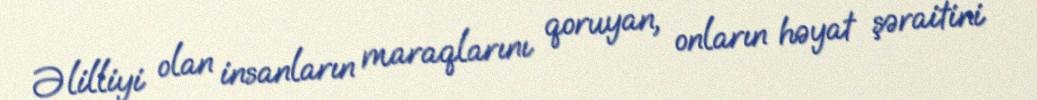
Əlilliyi olan insanların maraqlarını qoruyan, onların həyat şəraitini